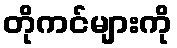
တိုကင်များကို